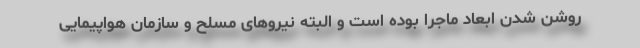
روشن شدن ابعاد ماجرا بوده است و البته نیروهای مسلح و سازمان هواپیمایی